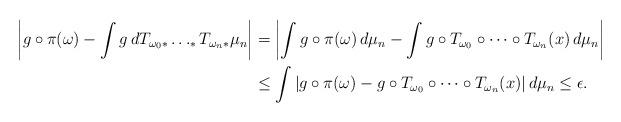
LaTeX: \begin{align*}\left|g\circ \pi(\omega)-\int g\, dT_{\omega_{0}*}\ldots_\ast T_{\omega_{n}*}\mu_{n}\right|&=\left|\int g\circ \pi(\omega)\,d\mu_{n}-\int g\circ T_{\omega_{0}}\circ\cdots\circ T_{\omega_{n}}(x)\,d \mu_{n}\right|\\&\leq \int |g\circ \pi(\omega)- g\circ T_{\omega_{0}}\circ\cdots\circ T_{\omega_{n}}(x)|\, d\mu_{n}\le \epsilon.\end{align*}